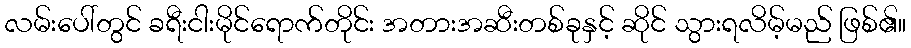
လမ်းပေါ်တွင် ခရီးငါးမိုင်ရောက်တိုင်း အတားအဆီးတစ်ခုနှင့် ဆိုင် သွားရလိမ့်မည် ဖြစ်၏။